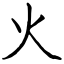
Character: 火